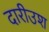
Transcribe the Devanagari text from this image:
दारीउश